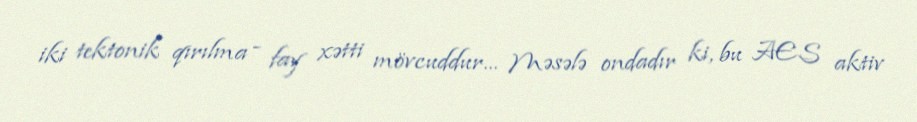
iki tektonik qırılma - fay xətti mövcuddur... Məsələ ondadır ki, bu AES aktiv